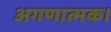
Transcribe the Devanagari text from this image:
अगणात्मक।